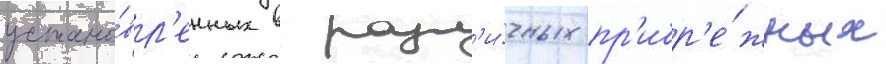
устано́вл'енных в разл'и́чных пр'ибр'е́жных